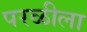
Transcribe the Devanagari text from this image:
परळीला